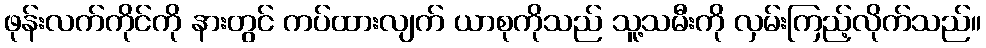
ဖုန်းလက်ကိုင်ကို နားတွင် ကပ်ထားလျက် ယာစုကိုသည် သူ့သမီးကို လှမ်းကြည့်လိုက်သည်။